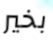
بخير